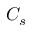
C _ { s }